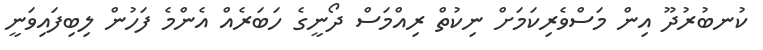
ކުނބުރުދޫ އިން މަސްވެރިކަމަށް ނިކުތް ރިއްމަސް ދޯނީގެ ހަބަރެއް އެންމެ ފަހުން ލިބިފައިވަނީ